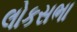
લોકસભા